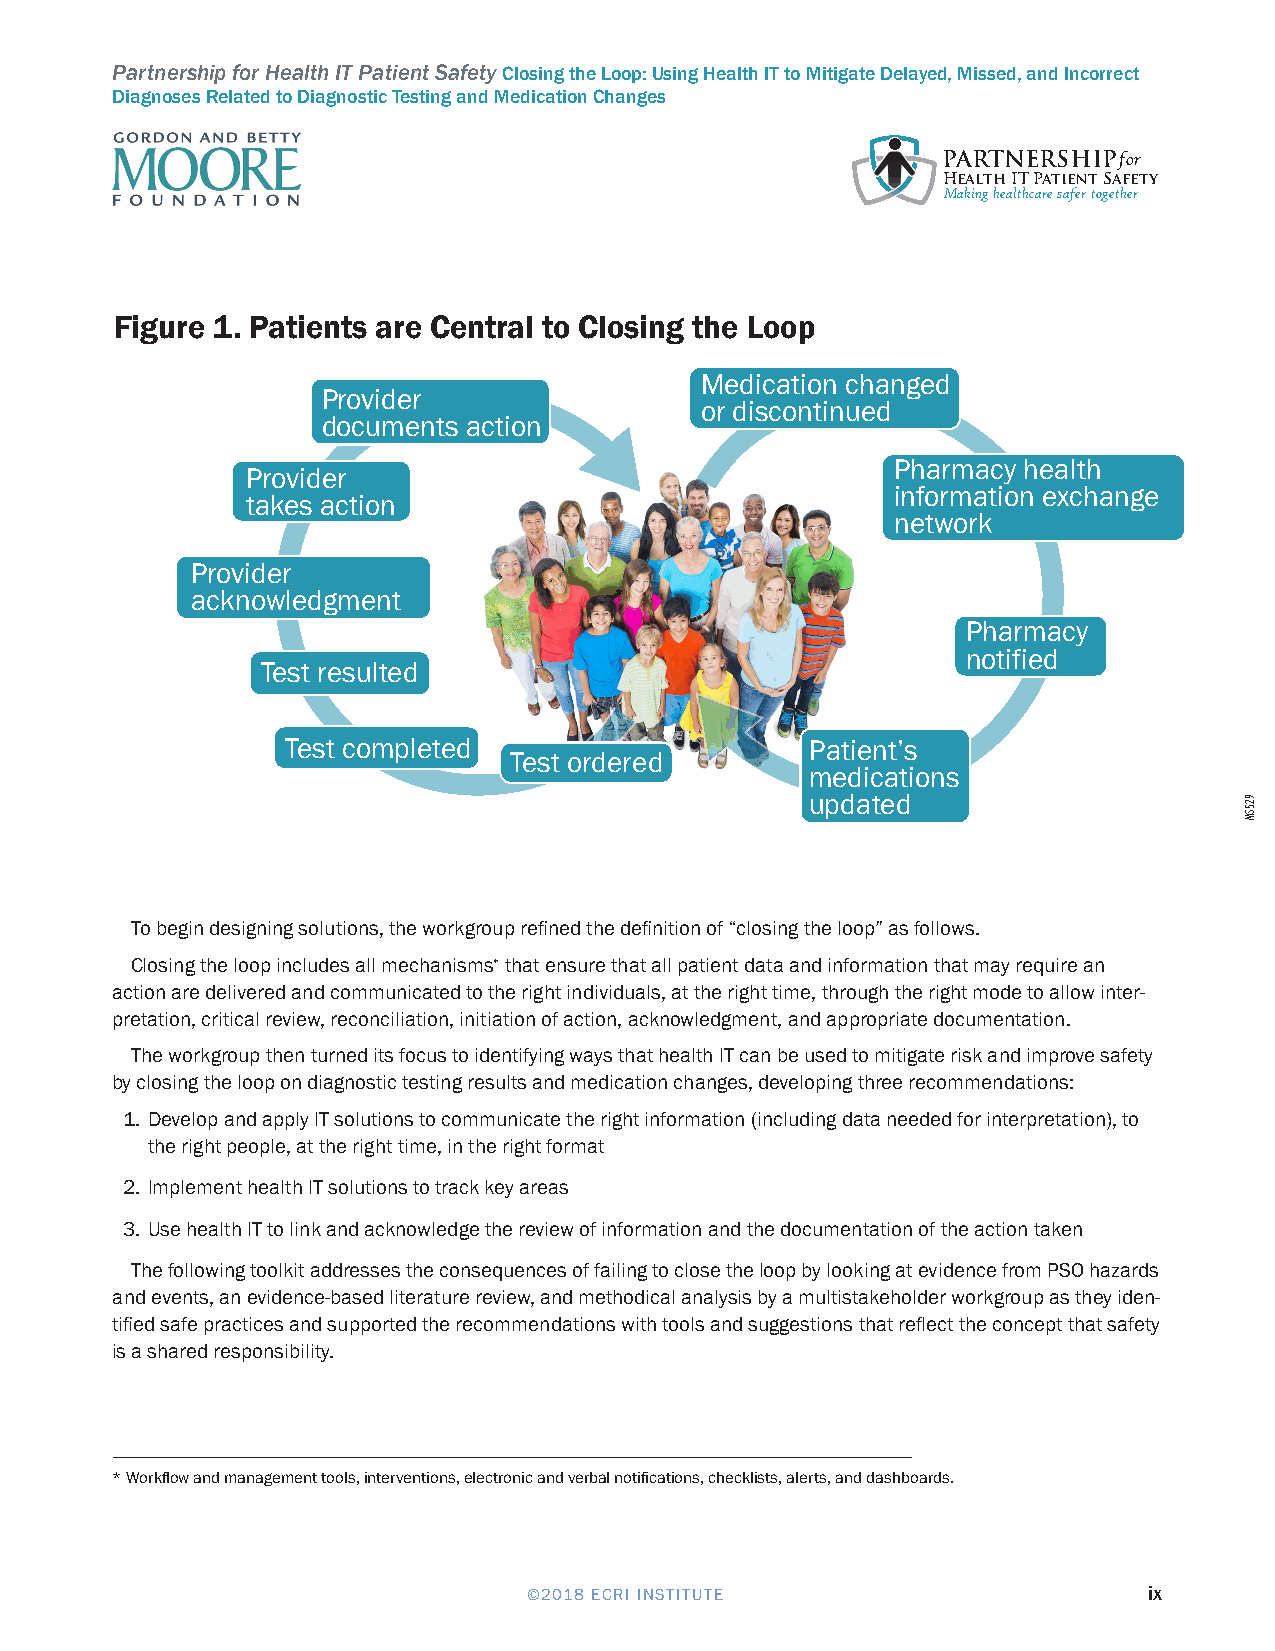
Partnership for Health IT Patient Safety Closing the Loop: Using Health IT to Mitigate Delayed, Missed, and Incorrect
 Diagnoses Related to Diagnostic Testing and Medication Changes
 PARTNERSHIPfor
 Health IT Patient Safety
 Making healthcare safer together
 Figure 1. Patients are Central to Closing the Loop
 Medication changed
 Provider
 or discontinued
 documents action
 Pharmacy health
 Provider
 information exchange
 takes action
 network
 Provider
 acknowledgment
 Pharmacy
 notified
 Test resulted
 Test completed                     Patient’s
 Test ordered
 medications
 updated
 To begin designing solutions, the workgroup refined the definition of “closing the loop” as follows.
 Closing the loop includes all mechanisms∗ that ensure that all patient data and information that may require an
 action are delivered and communicated to the right individuals, at the right time, through the right mode to allow inter-
 pretation, critical review, reconciliation, initiation of action, acknowledgment, and appropriate documentation.
 The workgroup then turned its focus to identifying ways that health IT can be used to mitigate risk and improve safety
 by closing the loop on diagnostic testing results and medication changes, developing three recommendations:
 1. Develop and apply IT solutions to communicate the right information (including data needed for interpretation), to
 the right people, at the right time, in the right format
 2. Implement health IT solutions to track key areas
 3. Use health IT to link and acknowledge the review of information and the documentation of the action taken
 The following toolkit addresses the consequences of failing to close the loop by looking at evidence from PSO hazards
 and events, an evidence-based literature review, and methodical analysis by a multistakeholder workgroup as they iden-
 tified safe practices and supported the recommendations with tools and suggestions that reflect the concept that safety
 is a shared responsibility.
 * Workflow and management tools, interventions, electronic and verbal notifications, checklists, alerts, and dashboards.
 ©2018 ECRI INSTITUTE                     ix
 925SM